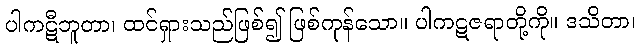
ပါကဋီဘူတာ၊ ထင်ရှားသည်ဖြစ်၍ ဖြစ်ကုန်သော။ ပါကဋဇရာတို့ကို။ ဒသိတာ၊